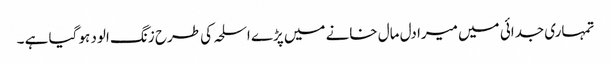
تمہاری جدائی میں میرا دل مال خانے میں پڑے اسلحہ کی طرح زنگ الود ہو گیا ہے ۔